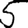
Digit: 5